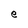
Character: e